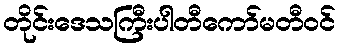
တိုင်းဒေသကြီးပါတီကော်မတီဝင်